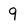
Character: 9